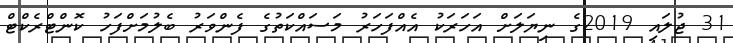
31 ޖުލައި 2019ގެ ނިޔަލަށް އަހަރަކު އެއްފަހަރު މަސައްކަތުގެ ފެންވަރު ބެލުމަށްފަހު ކޮންޓްރެކްޓް